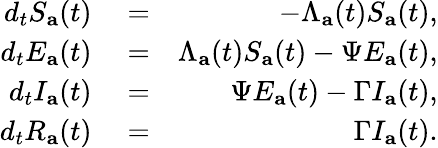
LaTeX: \begin{array}{rlr}{d_{t}S_{\mathbf{a}}(t)}&{{}=}&{-\Lambda_{\mathbf{a}}(t)S_{\mathbf{a}}(t),}\\ {d_{t}E_{\mathbf{a}}(t)}&{{}=}&{\Lambda_{\mathbf{a}}(t)S_{\mathbf{a}}(t)-\Psi E_{\mathbf{a}}(t),}\\ {d_{t}I_{\mathbf{a}}(t)}&{{}=}&{\Psi E_{\mathbf{a}}(t)-\Gamma I_{\mathbf{a}}(t),}\\ {d_{t}R_{\mathbf{a}}(t)}&{{}=}&{\Gamma I_{\mathbf{a}}(t).}\end{array}